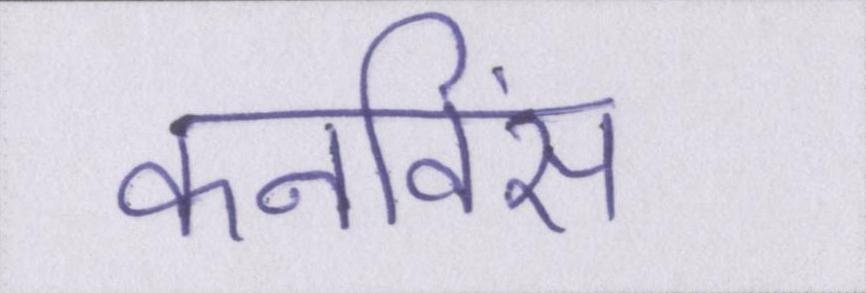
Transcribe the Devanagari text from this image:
कनविंस